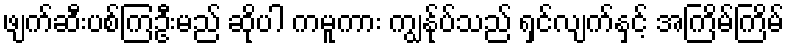
ဖျက်ဆီးပစ်ကြဦးမည် ဆိုပါ ကမူကား ကျွနု်ပ်သည် ရှင်လျက်နှင့် အကြိမ်ကြိမ်